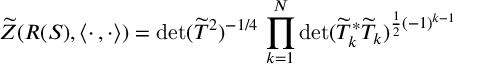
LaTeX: \widetilde { Z } ( R ( S ) , \langle \cdot \, , \cdot \rangle ) = \operatorname * { d e t } ( \widetilde { T } ^ { 2 } ) ^ { - 1 / 4 } \, \prod _ { k = 1 } ^ { N } \operatorname * { d e t } ( \widetilde { T } _ { k } ^ { * } \widetilde { T } _ { k } ) ^ { \frac { 1 } { 2 } ( - 1 ) ^ { k - 1 } }